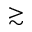
\gtrsim